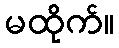
မထိုက်။